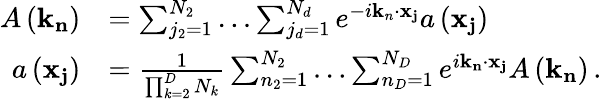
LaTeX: \begin{array}{rl}{A\left(\mathbf{k}_{\mathbf{n}}\right)}&{=\sum_{j_{2}=1}^{N_{2}}\ldots\sum_{j_{d}=1}^{N_{d}}e^{-i\mathbf{k}_{n}\cdot\mathbf{x}_{\mathbf{j}}}a\left(\mathbf{x}_{\mathbf{j}}\right)\, }\\ {a\left(\mathbf{x}_{\mathbf{j}}\right)}&{=\frac{1}{\prod_{k=2}^{D}N_{k}}\sum_{n_{2}=1}^{N_{2}}\ldots\sum_{n_{D}=1}^{N_{D}}e^{i\mathbf{k}_{\mathbf{n}}\cdot\mathbf{x}_{\mathbf{j}}}A\left(\mathbf{k}_{\mathbf{n}}\right)\, .}\end{array}